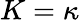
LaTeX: K=\kappa